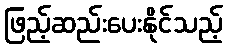
ဖြည့်ဆည်းပေးနိုင်သည့်